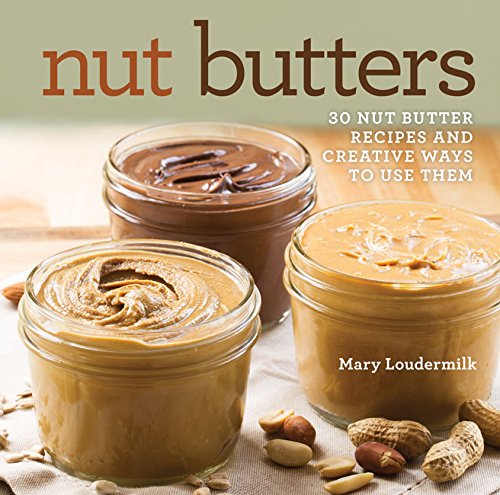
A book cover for Nut Butters: 30 Nut Butter Recipes and Creative Ways to Use Them; Mary Loudermilk; Cookbooks, Food & Wine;